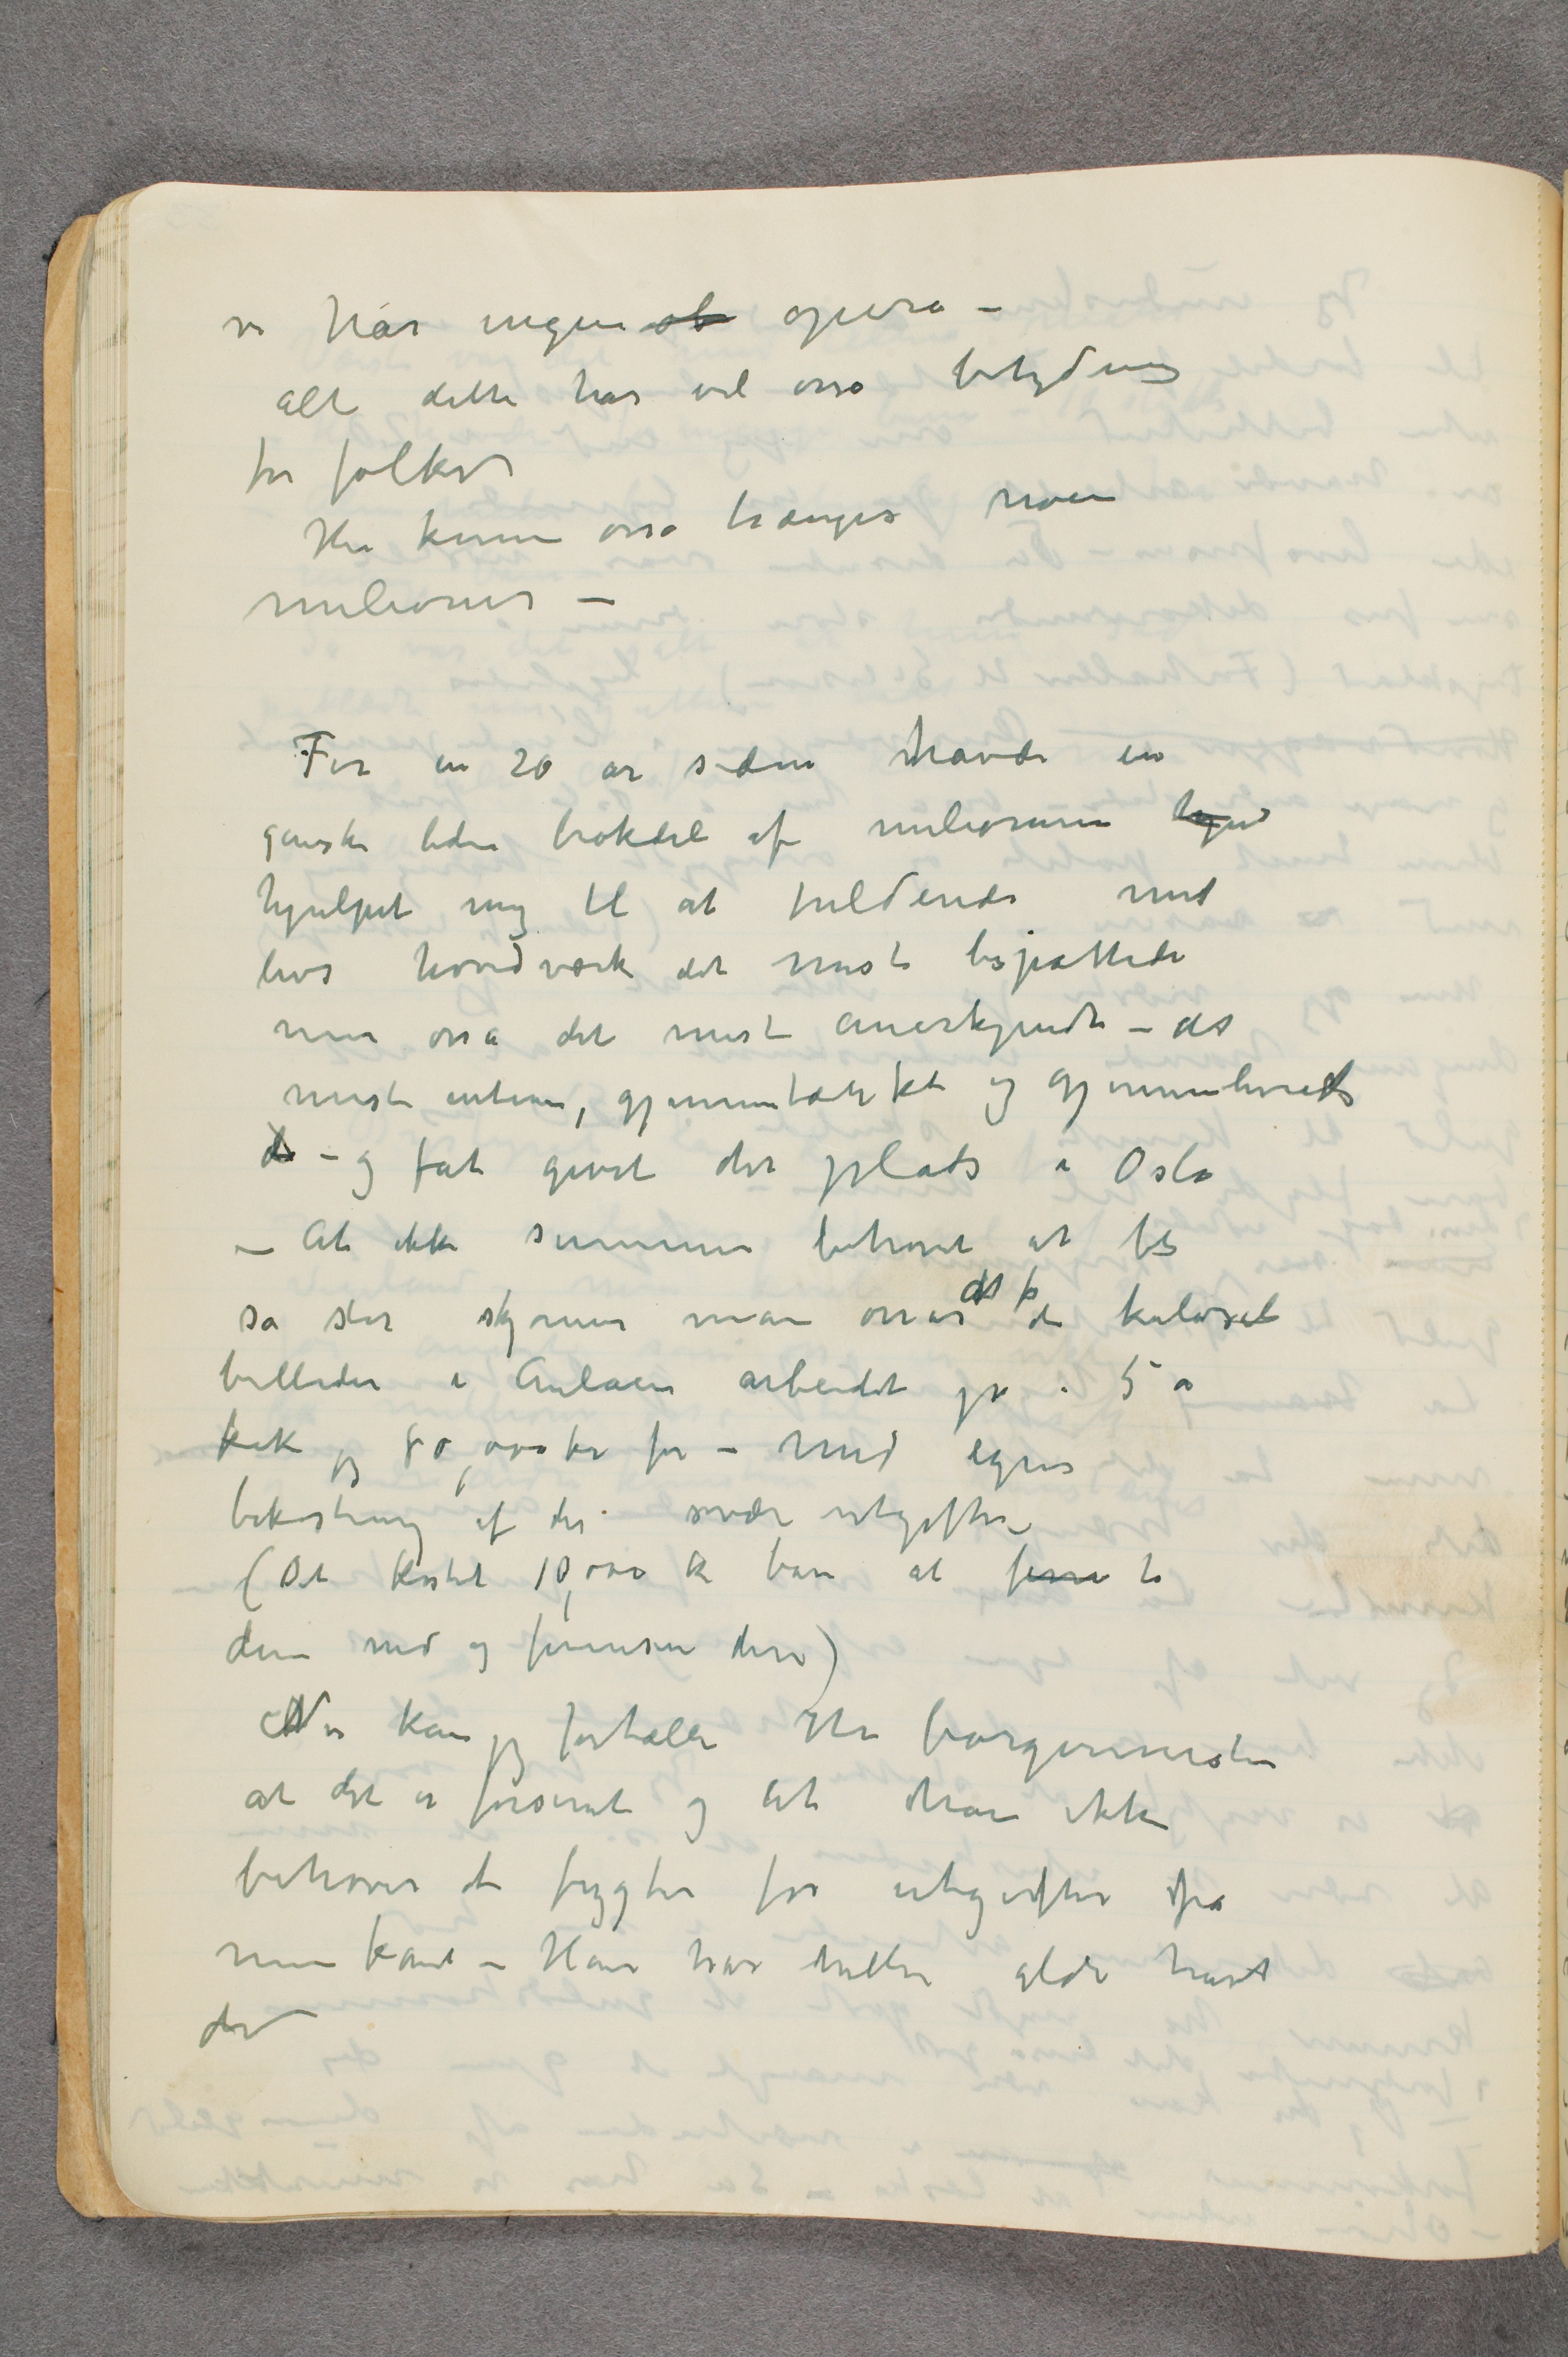
vi har ingen ob opera –
alt dette har vel osså betydning
for folket
Her kunne osså trænges noen
milioner –
For en 20 år siden havde en
ganske liden brøkdel af milionerne hju
hjulpet mig til at fuldende mit
livs hovedværk det mest bespottede
men osså det mest anerkjendte – det
mest intense, gjennemtænkte og gjennemlevede
d  – og fåt givet det plads i Oslo
– At ikke summen behøvet at bli
så stor skjønner man når det  …  de kolosale
billeder i Aulaen arbeidet på i 5 år
fik jeg 80,000 kr for – Med egen
bekostning af de svære utgifter –
(Det kostet 10,000 kr bare at fern ta
dem ned og fernisere dem)
Nu kan jeg fortælle Hr borgermester
at det er forsent og at han ikke
behøver at frygte for utgifter fra
min kant – Han har heller aldri havt
det